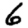
Digit: 6